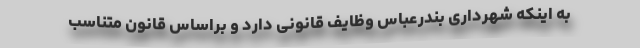
به اینکه شهرداری بندرعباس وظایف قانونی دارد و براساس قانون متناسب